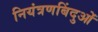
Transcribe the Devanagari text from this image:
नियंत्रणबिंदुओं